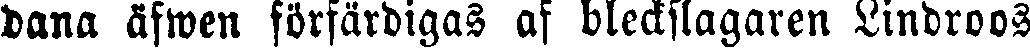
dana äfwen förfärdigas af bleckslagaren Lindroos